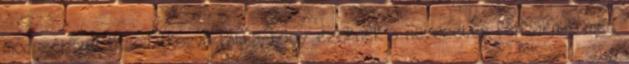
módszerével „csodálkozva látta, hogy ezeknek a nevezetes férfiaknak még